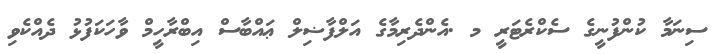
ސިނަމާ ކުންފުނީގެ ސެކްރެޓަރީ މ .އެންދެރިމާގެ އަލްފާޟިލް ޢައްބާސް އިބްރާހީމް ވާހަކަފުޅު ދެއްކެވި